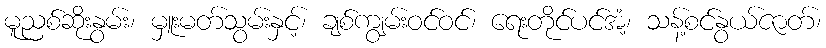
မူညစ်ဆိုးနွမ်း၊ မှူးမတ်သွမ်းနှင့်၊ ချစ်ကျွမ်းဝင်ဝင်၊ ရေးတိုင်ပင်အံ့၊ သန့်စင်နွယ်ဇာတ်၊